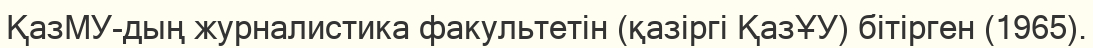
ҚазМУ-дың журналистика факультетін (қазіргі ҚазҰУ) бітірген (1965).